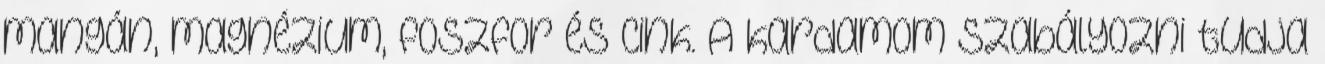
mangán, magnézium, foszfor és cink. A kardamom szabályozni tudja